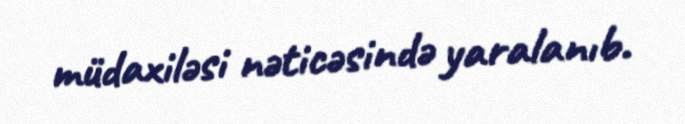
müdaxiləsi nəticəsində yaralanıb.